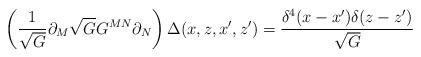
LaTeX: \begin{align*} \left( \frac{1}{\sqrt{G}} \partial_M \sqrt{G} G^{MN} \partial_N \right) \Delta(x,z,x',z') =\frac{\delta^4(x-x') \delta(z-z')}{\sqrt{G}}\end{align*}